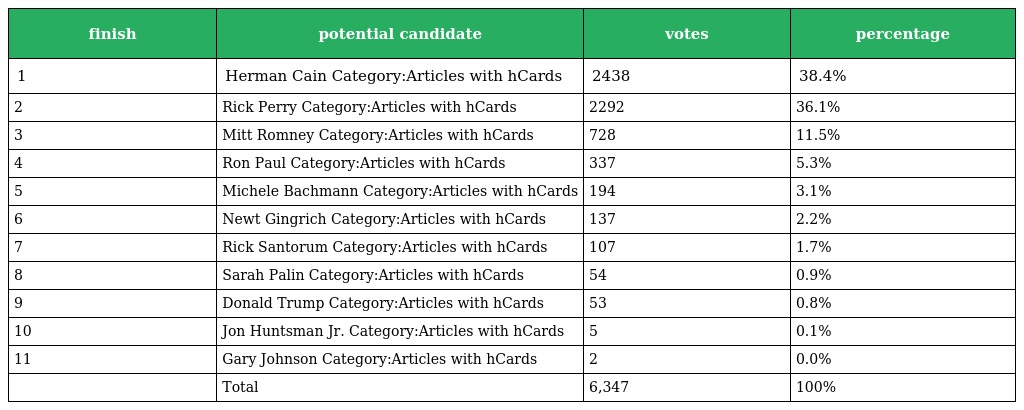
| finish | potential candidate | votes | percentage |
 | --- | --- | --- | --- |
 | 1 | Herman Cain Category:Articles with hCards | 2438 | 38.4% |
 | 2 | Rick Perry Category:Articles with hCards | 2292 | 36.1% |
 | 3 | Mitt Romney Category:Articles with hCards | 728 | 11.5% |
 | 4 | Ron Paul Category:Articles with hCards | 337 | 5.3% |
 | 5 | Michele Bachmann Category:Articles with hCards | 194 | 3.1% |
 | 6 | Newt Gingrich Category:Articles with hCards | 137 | 2.2% |
 | 7 | Rick Santorum Category:Articles with hCards | 107 | 1.7% |
 | 8 | Sarah Palin Category:Articles with hCards | 54 | 0.9% |
 | 9 | Donald Trump Category:Articles with hCards | 53 | 0.8% |
 | 10 | Jon Huntsman Jr. Category:Articles with hCards | 5 | 0.1% |
 | 11 | Gary Johnson Category:Articles with hCards | 2 | 0.0% |
 |  | Total | 6,347 | 100% |